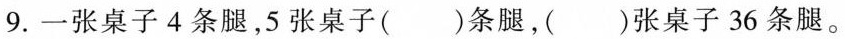
9.一张桌子4条腿，5张桌子( )条腿，( )张桌子36条腿。